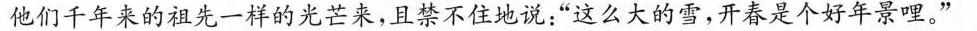
他们千年来的祖先一样的光芒来，且禁不住地说：”这么大的雪，开春是个好年景哩。”